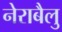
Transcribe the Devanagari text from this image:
नेराबैलु